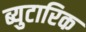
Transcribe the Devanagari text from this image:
ब्युटारिक